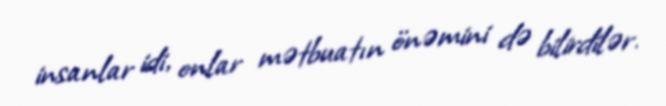
insanlar idi, onlar mətbuatın önəmini də bilirdilər.